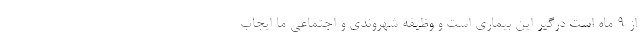
از ۹ ماه است درگیر این بیماری است و وظیفه شهروندی و اجتماعی ما ایجاب